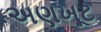
અણખૂટ